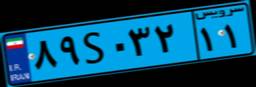
۴۷S۸۵۳۴۲